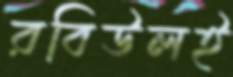
রবিউলই